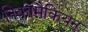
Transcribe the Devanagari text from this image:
निकॉमैकियन